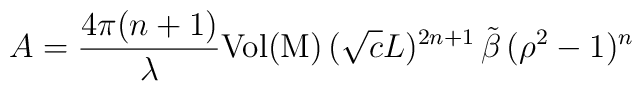
A=\frac{4\pi(n+1)}{\lambda}\mathrm{Vol(M)}\,(\sqrt{c}L)^{2n+1}\,\tilde{\beta}\,(\rho^2-1)^n